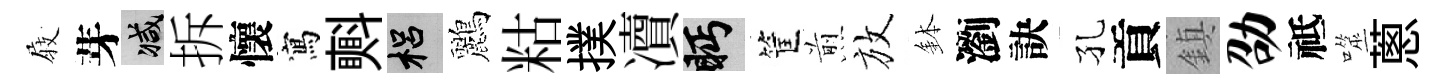
𡲆芽减拆懷寫㪺梠鸝䊀撲凟眄筐煎放鉢瀏訣孔貢鎮劭祗噬蔥